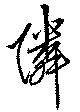
隣